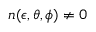
n ( \epsilon , \theta , \phi ) \not = 0